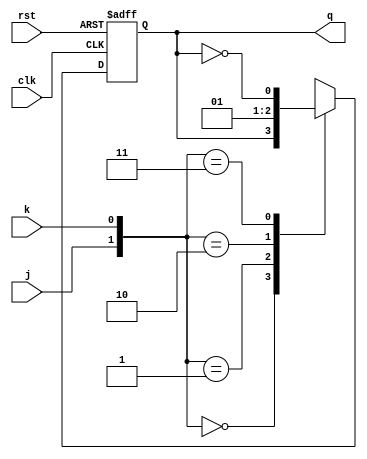
module jk_ff (
	input j,k,clk,rst,
	output reg q);
	
always@(posedge clk, posedge rst)
begin
	if(rst)
		q = 1'b1;
	else 
	case({j,k})
		2'b00 : q = q;
		2'b01 : q = 0;
		2'b10 : q = 1;
		2'b11 : q = ~q;
		default : q = 1;
	endcase
end

endmodule